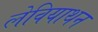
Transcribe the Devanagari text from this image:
लेवियाथन